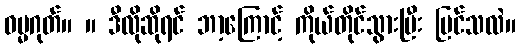
ဓမ္မဂုတ်။ ။ ဒီလိုဆိုရင် ဘာ့ကြောင့် ကိုယ်တိုင်သွားပြီး ပြင်သလဲ။